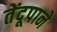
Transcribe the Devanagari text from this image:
तेंदूपाने